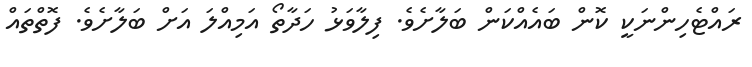
ރައްޓެހިންނަކީ ކޮން ބައެއްކަން ބަލާށެވެ. ފިލާވަޅު ހަދާތޯ އަމިއްލަ އަށް ބަލާށެވެ. ފޮތްތައް